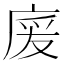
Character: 𢉏